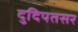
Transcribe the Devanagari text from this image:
दुदिपतसर